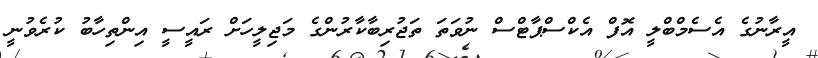
އީރާނުގެ އެސެމްބްލީ އޮފް އެކްސްޕާޓްސް ނުވަތަ ތަޖުރިބާކާރުންގެ މަޖިލީހަށް ރައީސީ އިންތިހާބު ކުރެވުނީ